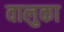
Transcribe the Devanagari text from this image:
वालुका